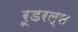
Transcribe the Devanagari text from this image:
रूडरल्स